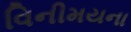
વિનીમયના